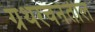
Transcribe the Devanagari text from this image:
ग्रंथरचनेतील